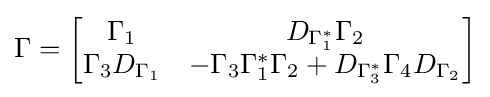
\Gamma ={\begin{bmatrix}\Gamma _{1}&D_{\Gamma _{1}^{*}}\Gamma _{2}\\\Gamma _{3}D_{\Gamma _{1}}&-\Gamma _{3}\Gamma _{1}^{*}\Gamma _{2}+D_{\Gamma _{3}^{*}}\Gamma _{4}D_{\Gamma _{2}}\end{bmatrix}}